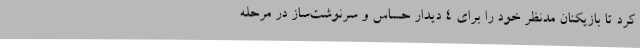
کرد تا بازیکنان مدنظر خود را برای 4 دیدار حساس و سرنوشت‌ساز در مرحله